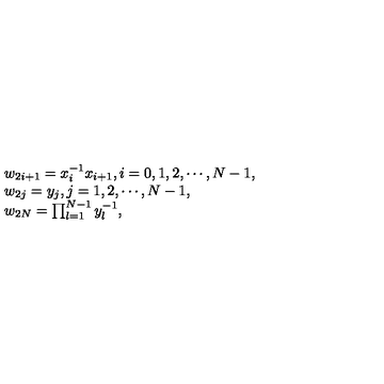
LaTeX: \begin{array} { l } { w _ { 2 i + 1 } = x _ { i } ^ { - 1 } x _ { i + 1 } , i = 0 , 1 , 2 , \cdots , N - 1 , } \\ { w _ { 2 j } = y _ { j } , j = 1 , 2 , \cdots , N - 1 , } \\ { w _ { 2 N } = \prod _ { l = 1 } ^ { N - 1 } y _ { l } ^ { - 1 } , } \\ \end{array}